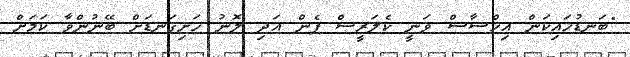
"ބަނޑުހައިކަން އިހްސާސް ވަނީ ކެލަރީސް ފެން އަދި ލޮނު ހަށިގަނޑަށް ބޭނުންވާ ކަމަށް